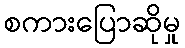
စကားပြောဆိုမှု